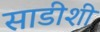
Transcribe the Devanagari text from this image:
साडीशी